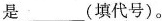
是___(填代号)。